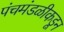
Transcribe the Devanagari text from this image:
पंचमंडळीकडून